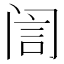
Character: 訚